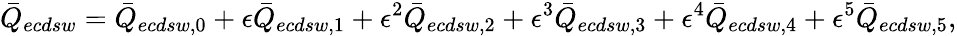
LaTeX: \bar{Q}_{ecdsw}=\bar{Q}_{ecdsw,0}+\epsilon\bar{Q}_{ecdsw,1}+\epsilon^{2}\bar{Q}_{ecdsw,2}+\epsilon^{3}\bar{Q}_{ecdsw,3}+\epsilon^{4}\bar{Q}_{ecdsw,4}+\epsilon^{5}\bar{Q}_{ecdsw,5},